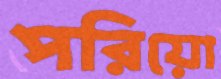
পরিয়ো